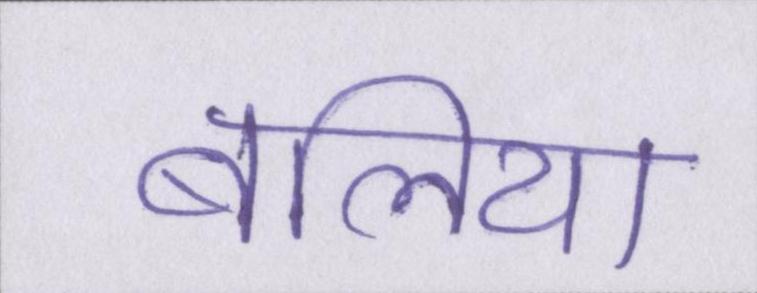
बलिया